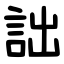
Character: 詘